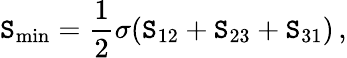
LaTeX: \mathtt{S}_{\mathrm{{min}}}={\frac{{1}}{{2}}}\sigma(\mathtt{S}_{12}+\mathtt{S}_{23}+\mathtt{S}_{31})\, ,